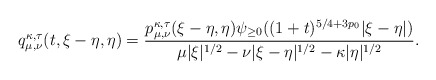
\begin{align*}q_{\mu, \nu}^{\kappa,\tau}(t,\xi-\eta, \eta) = \frac{p_{\mu, \nu}^{\kappa,\tau}(\xi-\eta, \eta)\psi_{\geq 0} ((1+t)^{5/4+3p_0}|\xi-\eta|)}{\mu|\xi|^{1/2}-\nu |\xi-\eta|^{1/2} -\kappa |\eta|^{1/2}}.\end{align*}